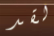
لقد